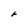
Character: F